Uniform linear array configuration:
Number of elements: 12
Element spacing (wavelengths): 1
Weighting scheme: exponential
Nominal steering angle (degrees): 45
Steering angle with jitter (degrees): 45.342
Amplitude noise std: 0.05
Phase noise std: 0.05

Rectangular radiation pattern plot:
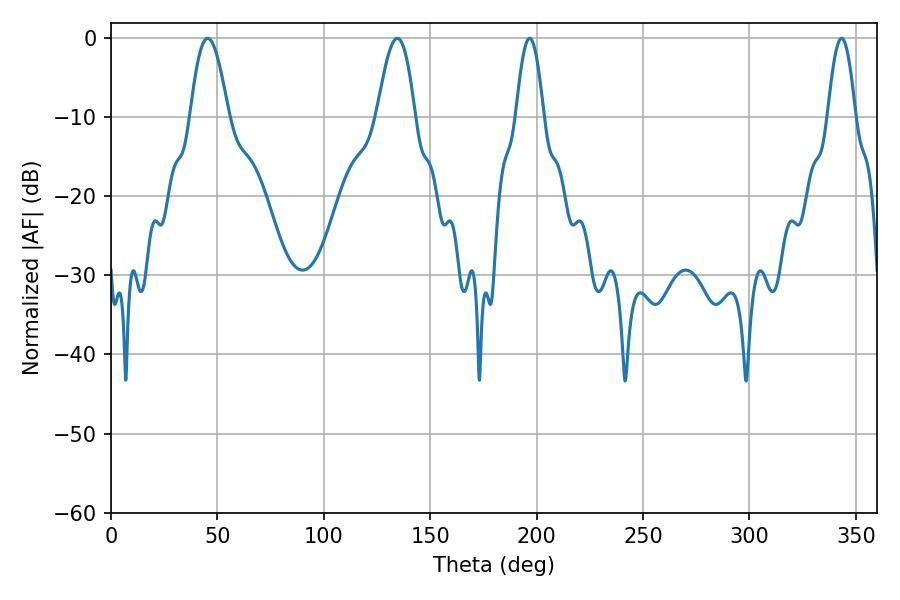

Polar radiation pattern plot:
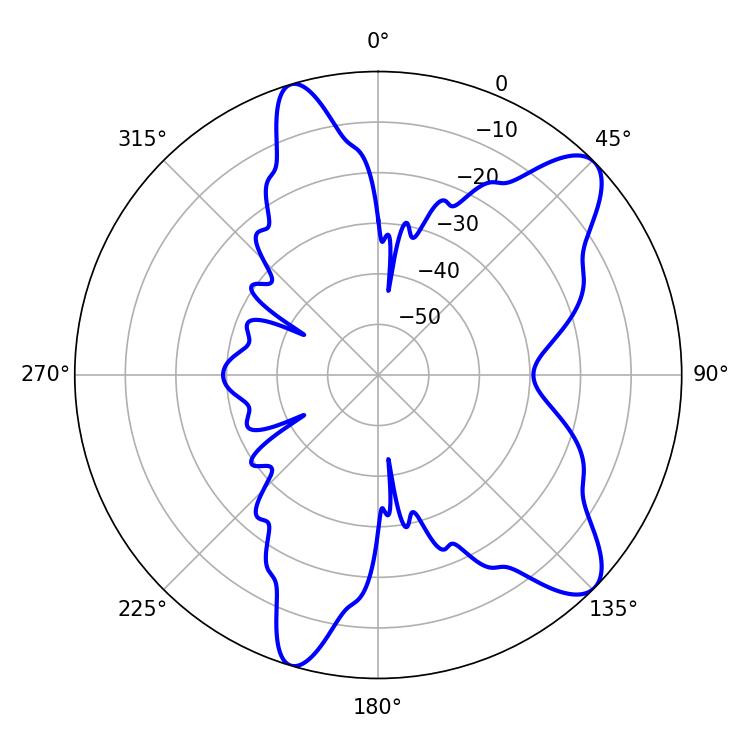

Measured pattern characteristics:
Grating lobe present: TRUE
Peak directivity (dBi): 9.916
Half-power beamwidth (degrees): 7.02
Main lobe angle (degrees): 196.74